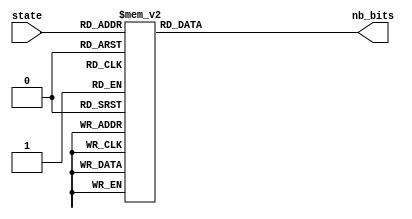
`timescale 1ns / 1ps


module nb_bits_rom(
    input [4:0] state,
    output [2:0] nb_bits
    );

    reg [2:0] nb_bits_reg;

    always @ (state) begin
        case (state)
            5'b00000 : begin
                nb_bits_reg = 3'b010;
            end
            5'b00001 : begin
                nb_bits_reg = 3'b010;
            end
            5'b00010 : begin
                nb_bits_reg = 3'b011;
            end
            5'b00011 : begin
                nb_bits_reg = 3'b100;
            end
            5'b00100 : begin
                nb_bits_reg = 3'b100;
            end
            5'b00101 : begin
                nb_bits_reg = 3'b010;
            end
            5'b00110 : begin
                nb_bits_reg = 3'b100;
            end
            5'b00111 : begin
                nb_bits_reg = 3'b010;
            end
            5'b01000 : begin
                nb_bits_reg = 3'b011;
            end
            5'b01001 : begin
                nb_bits_reg = 3'b100;
            end
            5'b01010 : begin
                nb_bits_reg = 3'b010;
            end
            5'b01011 : begin
                nb_bits_reg = 3'b010;
            end
            5'b01100 : begin
                nb_bits_reg = 3'b011;
            end
            5'b01101 : begin
                nb_bits_reg = 3'b011;
            end
            5'b01110 : begin
                nb_bits_reg = 3'b010;
            end
            5'b01111 : begin
                nb_bits_reg = 3'b011;
            end
            5'b10000 : begin
                nb_bits_reg = 3'b010;
            end
            5'b10001 : begin
                nb_bits_reg = 3'b011;
            end
            5'b10010 : begin
                nb_bits_reg = 3'b100;
            end
            5'b10011 : begin
                nb_bits_reg = 3'b010;
            end
            5'b10100 : begin
                nb_bits_reg = 3'b010;
            end
            5'b10101 : begin
                nb_bits_reg = 3'b100;
            end
            5'b10110 : begin
                nb_bits_reg = 3'b011;
            end
            5'b10111 : begin
                nb_bits_reg = 3'b010;
            end
            5'b11000 : begin
                nb_bits_reg = 3'b011;
            end
            5'b11001 : begin
                nb_bits_reg = 3'b010;
            end
            5'b11010 : begin
                nb_bits_reg = 3'b011;
            end
            5'b11011 : begin
                nb_bits_reg = 3'b011;
            end
            5'b11100 : begin
                nb_bits_reg = 3'b010;
            end
            5'b11101 : begin
                nb_bits_reg = 3'b010;
            end
            5'b11110 : begin
                nb_bits_reg = 3'b100;
            end
            5'b11111 : begin
                nb_bits_reg = 3'b011;
            end
        endcase
    end

    assign nb_bits = nb_bits_reg;

endmodule